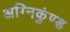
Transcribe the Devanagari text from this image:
अग्निकुंण्ड